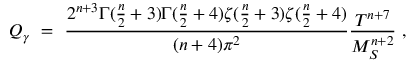
Q _ { \gamma } \ = \ { \frac { 2 ^ { n + 3 } \Gamma ( { \frac { n } { 2 } } + 3 ) \Gamma ( { \frac { n } { 2 } } + 4 ) \zeta ( { \frac { n } { 2 } } + 3 ) \zeta ( { \frac { n } { 2 } } + 4 ) } { ( n + 4 ) \pi ^ { 2 } } } { \frac { T ^ { n + 7 } } { M _ { S } ^ { n + 2 } } } \ ,